Supplement to the account of plague administration in the Bombay Presidency from September 1896 till May 1897
Year: 1896
Disease focus: Plague
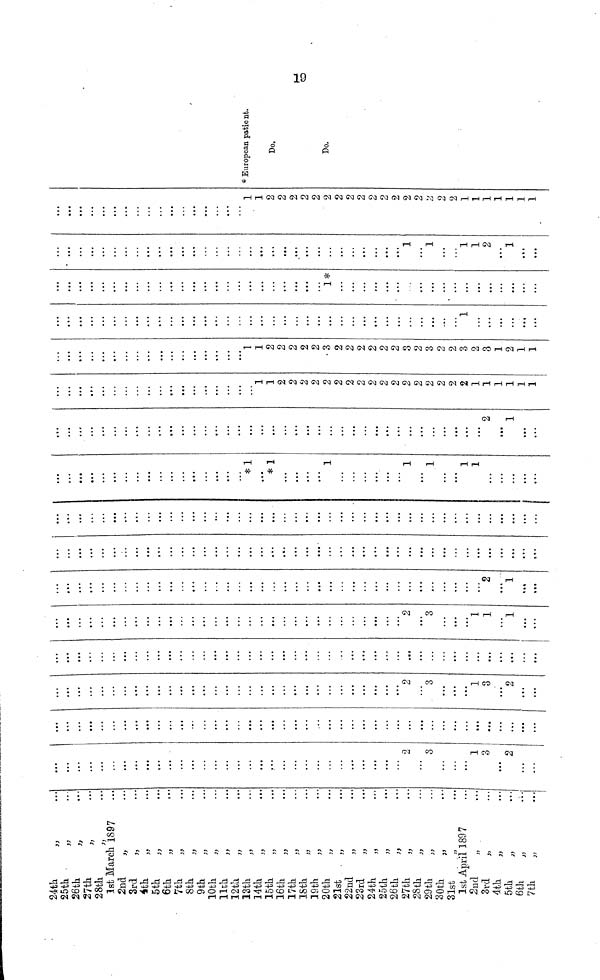
24th
25th
26th
27th
28th
,,
,,
,,
,,
,,
1st March 1897
2nd
3rd
4th
5th
6th
7th
8th
9th
10th
11th
12th
13th
14th
15th
16th
17th
18th
19th
20th
21st
22nd
23rd
24th
25th
26th
27th
28th
29th
30th
31st
,,
,,
,,
,,
,,
,,
,,
,,
,,
,,
,,
,,
,,
,,
,,
,,
,,
,,
,,
,,
,,
,,
,,
,,
,,
,,
,,
,,
,,
,,
1st April 1897
2nd
3rd
4th
5th
6th
7th
¡t,,
,,
,,
,,
,,
,,
...
...
...
...
...
...
...
...
...
...
...
...
...
...
...
...
...
...
...
...
...
...
...
...
...
...
...
...
...
...
...
...
...
...
...
...
...
...
...
...
...
...
...
...
...
...
...
...
...
...
...
...
...
...
...
...
...
...
...
...
...
...
...
...
...
...
...
...
...
...
...
...
• • •
...
2
...
3
...
...
...
1
3
...
2
...
...
...
...
...
...
...
...
...
...
...
...
...
...
...
...
...
...
...
...
...
...
...
...
...
...
...
...
...
...
...
...
...
...
...
...
...
...
...
...
...
...
...
...
...
...
...
...
...
...
...
...
...
...
...
...
...
...
...
...
...
. ..
...
. ..
...
...
...
...
...
...
...
...
...
...
...
...
2
...
3
...
...
...
1
3
...
2
...
...
...
...
...
...
...
...
...
...
...
...
...
...
...
...
...
...
...
...
...
...
...
...
...
...
...
...
...
...
...
...
...
...
...
...
...
...
...
...
...
...
...
...
...
...
...
...
...
...
...
...
...
...
...
...
...
...
...
...
...
...
...
...
...
...
...
...
...
...
a • •
...
...
...
...
...
2
...
3
...
...
...
1
1
...
1
...
...
...
...
...
...
...
...
...
...
...
...
...
...
...
...
...
...
...
...
...
...
...
...
...
...
...
...
...
...
...
...
...
...
...
...
...
...
...
...
2
...
1
...
...
...
...
...
...
...
...
...
...
...
...
...
...
...
...
...
...
...
...
...
...
...
...
...
...
...
...
...
...
...
...
...
...
...
...
...
...
...
...
...
...
...
...
...
...
...
...
...
...
...
...
...
...
...
...
...
...
...
...
...
...
...
...
...
...
...
...
...
...
...
...
...
...
...
...
...
...
...
...
...
...
• ••
...
...
...
...
...
...
...
...
...
...
...
...
...
...
...
...
...
...
...
...
...
...
*1
...
*1
...
...
...
...
1
...
...
...
...
...
...
1
...
1
...
...
1
1
...
...
...
...
...
...
...
...
...
...
...
...
...
...
...
...
...
...
...
...
...
...
...
...
...
...
...
...
...
...
...
...
...
...
...
...
...
...
...
...
...
...
...
2
...
1
...
...
...
...
...
...
...
...
...
...
...
...
...
...
...
...
...
...
...
...
1
1
2
2
2
2
2
2
2
2
2
2
2
2
2
2
2
2
2
1
1
1
1
1
1
...
...
...
...
...
...
...
...
...
...
...
...
...
...
...
...
...
1
1
2
2
2
2
2
•3
2
2
2
2
2
2
3
2
3
2
2
3
2
3
1
2
1
1
...
...
...
...
...
...
...
...
...
...
...
...
...
...
...
...
...
...
...
...
...
...
...
...
...
...
...
...
...
...
...
...
...
...
...
...
1
...
...
...
...
...
...
...
...
...
...
...
...
...
...
...
...
...
...
...
...
...
...
...
...
...
...
...
...
...
...
1*
...
...
...
...
...
...
...
...
...
...
...
...
...
...
...
...
...
...
...
...
...
...
...
...
...
...
...
...
...
...
...
...
...
...
...
...
...
...
...
...
...
...
...
...
...
...
...
• • •
...
1
...
1
...
...
1
1
2
...
1
...
...
...
...
...
...
...
...
...
...
...
...
...
...
...
...
...
...
...
1
1
2
2
2
2
2
2
2
2
2
2
2
2
2
2
2
2
2
1
1
1
1
1
1
1
* European patient.
Do.
19
Do.